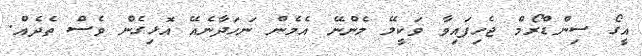
އީގޯ ސިންޑްރޯމް ޖެހިފައިވާ ވަކީލޭ މެންނޭ އެމެން ނަހަދާނެއޭ އޮޅިގެން ވެސް ތެދެއް.